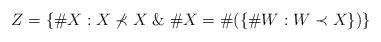
LaTeX: \begin{align*}Z = \{ \# X : X\nprec X \; \& \; \#X=\#(\{\# W : W\prec X\})\}\end{align*}